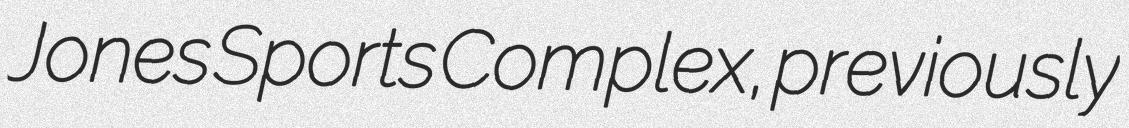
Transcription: Jones Sports Complex, previously